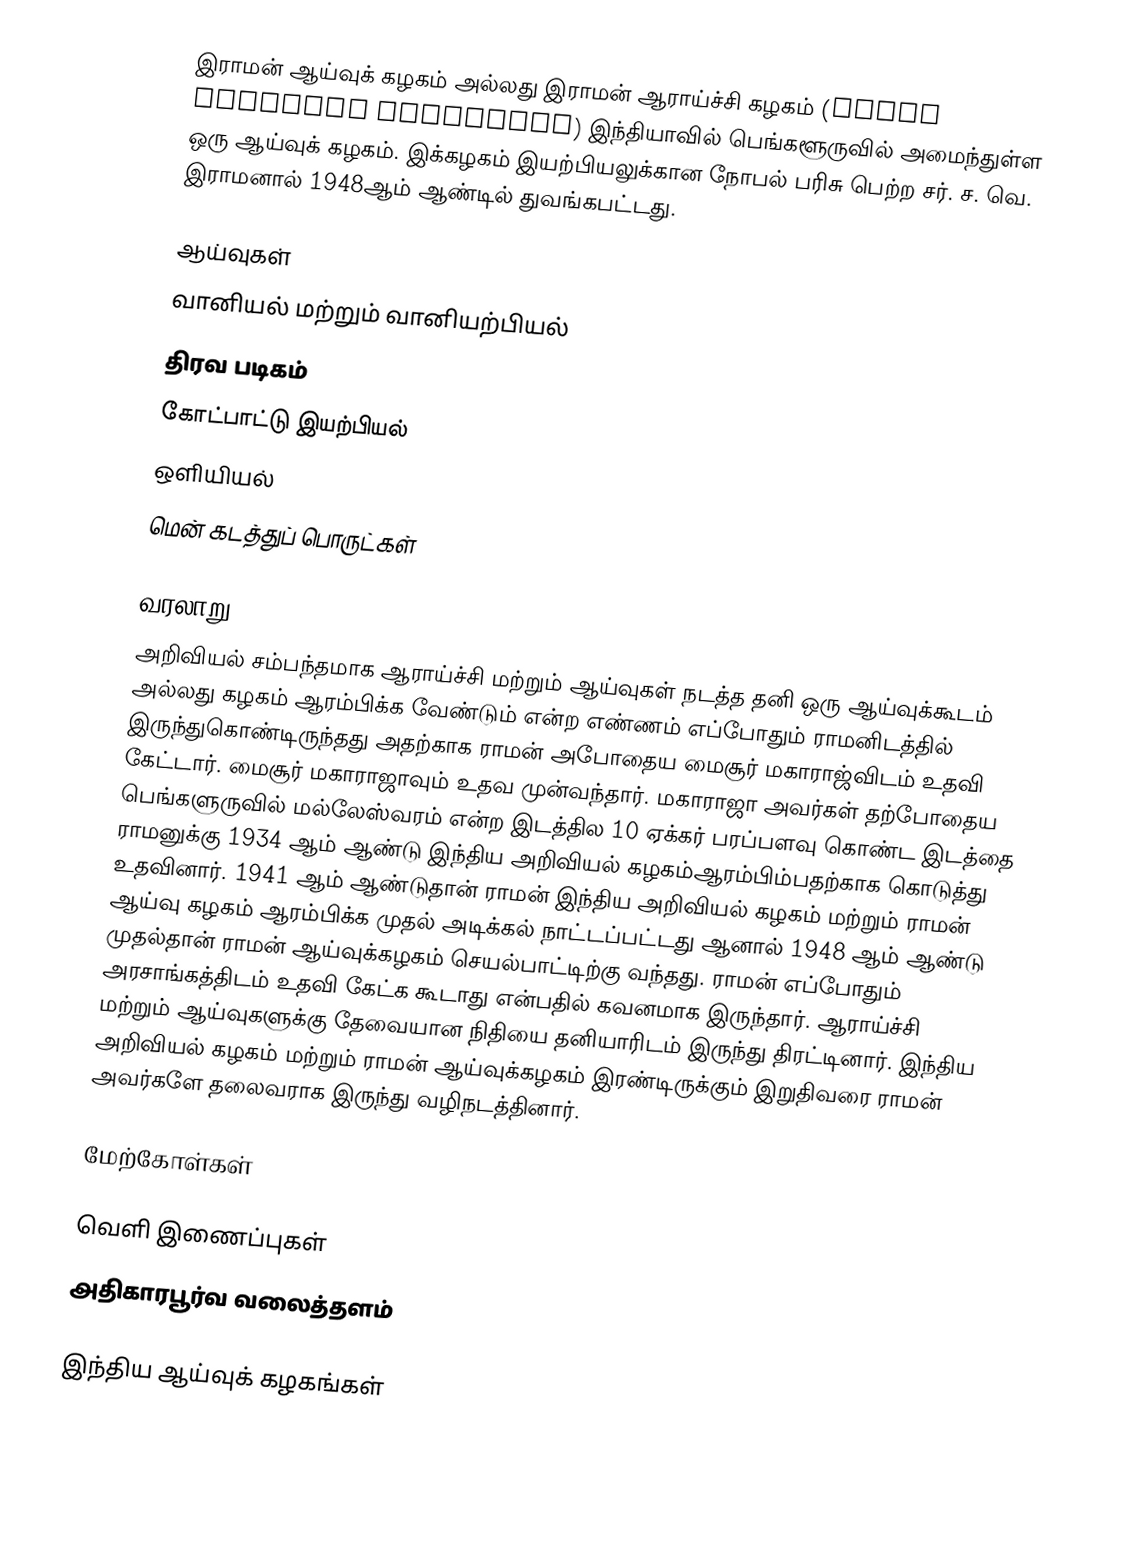
இராமன் ஆய்வுக் கழகம் அல்லது இராமன் ஆராய்ச்சி கழகம் (Raman Research Institute) இந்தியாவில் பெங்களூருவில் அமைந்துள்ள ஒரு ஆய்வுக் கழகம். இக்கழகம் இயற்பியலுக்கான நோபல் பரிசு பெற்ற சர். ச. வெ. இராமனால் 1948ஆம் ஆண்டில் துவங்கபட்டது.

ஆய்வுகள்
வானியல் மற்றும் வானியற்பியல்
திரவ படிகம்
கோட்பாட்டு இயற்பியல்
ஒளியியல்
  மென் கடத்துப் பொருட்கள்

வரலாறு
அறிவியல் சம்பந்தமாக ஆராய்ச்சி மற்றும் ஆய்வுகள் நடத்த தனி ஒரு ஆய்வுக்கூடம் அல்லது கழகம் ஆரம்பிக்க வேண்டும் என்ற எண்ணம் எப்போதும் ராமனிடத்தில் இருந்துகொண்டிருந்தது அதற்காக ராமன் அபோதைய மைசூர் மகாராஜ்விடம் உதவி கேட்டார். மைசூர் மகாராஜாவும் உதவ முன்வந்தார். மகாராஜா அவர்கள் தற்போதைய பெங்களுருவில் மல்லேஸ்வரம் என்ற இடத்தில 10 ஏக்கர்  பரப்பளவு கொண்ட இடத்தை ராமனுக்கு 1934 ஆம் ஆண்டு இந்திய அறிவியல் கழகம்ஆரம்பிம்பதற்காக கொடுத்து  உதவினார். 1941 ஆம் ஆண்டுதான் ராமன் இந்திய அறிவியல் கழகம் மற்றும் ராமன் ஆய்வு கழகம் ஆரம்பிக்க முதல் அடிக்கல் நாட்டப்பட்டது ஆனால் 1948 ஆம் ஆண்டு முதல்தான்  ராமன் ஆய்வுக்கழகம் செயல்பாட்டிற்கு வந்தது. ராமன் எப்போதும் அரசாங்கத்திடம் உதவி கேட்க கூடாது என்பதில் கவனமாக இருந்தார்.  ஆராய்ச்சி மற்றும் ஆய்வுகளுக்கு தேவையான நிதியை தனியாரிடம் இருந்து திரட்டினார். இந்திய அறிவியல் கழகம் மற்றும் ராமன் ஆய்வுக்கழகம் இரண்டிருக்கும்  இறுதிவரை ராமன் அவர்களே தலைவராக இருந்து வழிநடத்தினார்.

மேற்கோள்கள்

வெளி இணைப்புகள்
அதிகாரபூர்வ வலைத்தளம்

இந்திய ஆய்வுக் கழகங்கள்